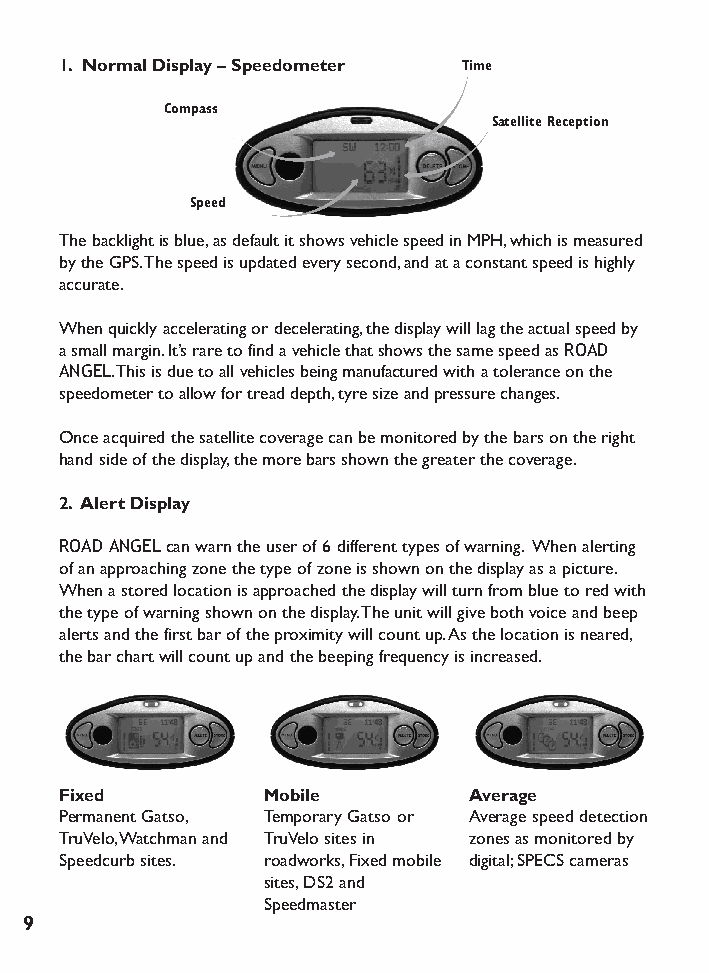
1. Normal Display – Speedometer Time
 Compass
 Satellite Reception
 Speed
 The backlight is blue,as default it shows vehicle speed in MPH,which is measured
 by the GPS.The speed is updated every second,and at a constant speed is highly
 accurate.
 When quickly accelerating or decelerating,the display will lag the actual speed by
 a small margin.It’s rare to find a vehicle that shows the same speed as ROAD
 ANGEL.This is due to all vehicles being manufactured with a tolerance on the
 speedometer to allow for tread depth,tyre size and pressure changes.
 Once acquired the satellite coverage can be monitored by the bars on the right
 hand side of the display,the more bars shown the greater the coverage.
 2. Alert Display
 ROAD ANGELcan warn the user of 6 different types of warning. When alerting
 of an approaching zone the type of zone is shown on the display as a picture.
 When a stored location is approached the display will turn from blue to red with
 the type of warning shown on the display.The unit will give both voice and beep
 alerts and the first bar of the proximity will count up.As the location is neared,
 the bar chart will count up and the beeping frequency is increased.
 Fixed        Mobile        Average
 Permanent Gatso, Temporary Gatso or Average speed detection
 TruVelo,Watchman and TruVelo sites in zones as monitored by
 Speedcurb sites. roadworks,Fixed mobile digital;SPECS cameras
 sites,DS2 and
 Speedmaster
 9